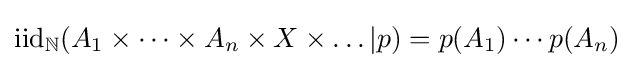
\mathrm {iid} _{\mathbb {N} }(A_{1}\times \dots \times A_{n}\times X\times \dots |p)=p(A_{1})\cdots p(A_{n})